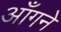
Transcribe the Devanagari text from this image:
आँगने